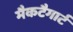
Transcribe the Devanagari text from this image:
मैकटैगार्ट